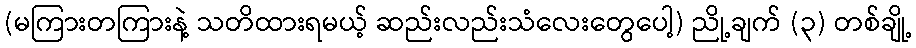
(မကြားတကြားနဲ့ သတိထားရမယ့် ဆည်းလည်းသံလေးတွေပေါ့) ညို့ချက် (၃) တစ်ချို့